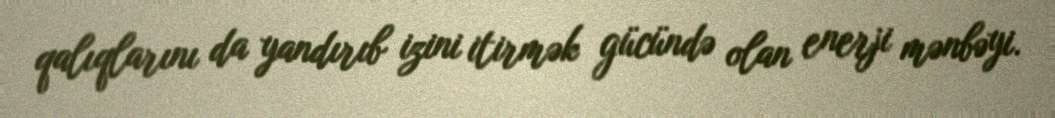
qalıqlarını da yandırıb izini itirmək gücündə olan enerji mənbəyi.